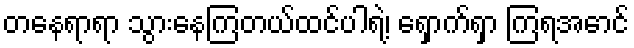
တနေရာရာ သွားနေကြတယ်ထင်ပါရဲ့၊ ရှောက်ရှာ ကြရအောင်